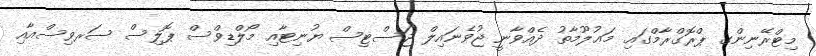
މިޓްރޭނިންގ ޕްރޮގްރާމްގައި މަޢުލޫމާތު ދެއްވާނީ ޖުވެނައިލް ޖަސްޓިސް ޔުނިޓާއި މޯލްޑިވްސް ޕޮލިސް ސަރވިސްއާއި